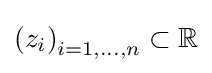
\left(z_{i}\right)_{i=1,\ldots ,n}\subset \mathbb {R}